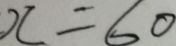
x = 6 0